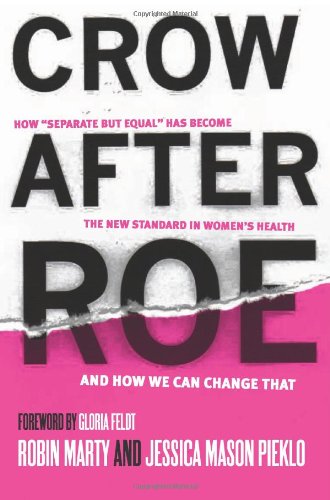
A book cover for Crow After Roe: How "Separate But Equal" Has Become the New Standard In WomenEEs Health And How We Can Change That; Jessica Mason Pieklo; Law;